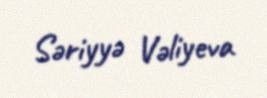
Səriyyə Vəliyeva